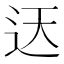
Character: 迗